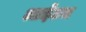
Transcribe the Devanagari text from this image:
आईटम